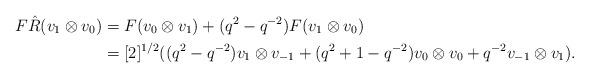
LaTeX: \begin{align*}F\hat{R}(v_{1}\otimes v_{0}) & =F(v_{0}\otimes v_{1})+(q^{2}-q^{-2})F(v_{1}\otimes v_{0})\\ & =[2]^{1/2}((q^{2}-q^{-2})v_{1}\otimes v_{-1}+(q^{2}+1-q^{-2})v_{0}\otimes v_{0}+q^{-2}v_{-1}\otimes v_{1}).\end{align*}